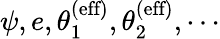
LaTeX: \psi,e,\theta_{1}^{\textrm{(eff)}},\theta_{2}^{\textrm{(eff)}},\cdots